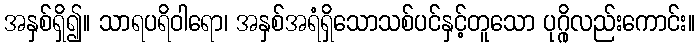
အနှစ်ရှိ၍။ သာရပရိဝါရော၊ အနှစ်အရံရှိသောသစ်ပင်နှင့်တူသော ပုဂ္ဂိုလည်းကောင်း။